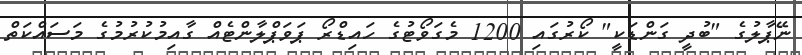
ނޭޕާލުގެ "ބުދީ ގަންޑަކީ" ކޯރުގައި 1200 މެގަވޯޓުގެ ހައިޑްރޯ ޕަވަޕްލާންޓެއް ގާއިމުކުރުމުގެ މަސައްކަތް